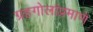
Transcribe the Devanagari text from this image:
ग्रहगोलांप्रमाणे